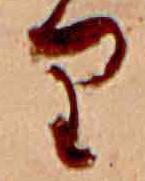
り